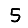
Digit: 5